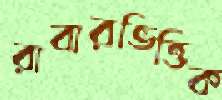
রাবারভিত্তিক